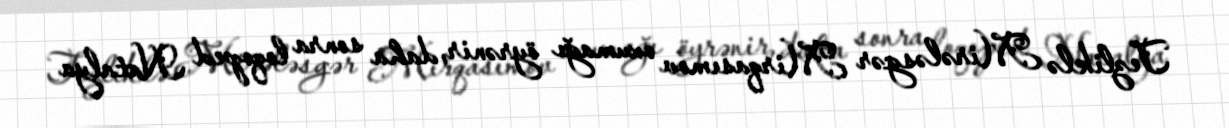
Tezliklə Mirələsgər Mirqasımov oxumağı öyrənir, daha sonra loqoped Natalya